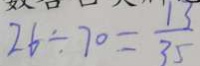
2 6 \div 7 0 = \frac { 1 3 } { 3 5 }